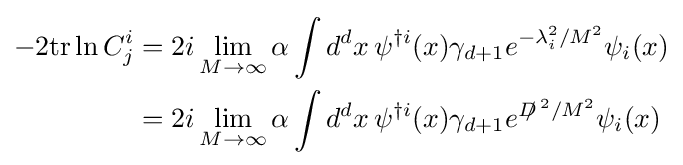
{\begin{aligned}-2{\rm {tr}}\ln C_{j}^{i}&=2i\lim \limits _{M\to \infty }\alpha \int d^{d}x\,\psi ^{\dagger i}(x)\gamma _{d+1}e^{-\lambda _{i}^{2}/M^{2}}\psi _{i}(x)\\&=2i\lim \limits _{M\to \infty }\alpha \int d^{d}x\,\psi ^{\dagger i}(x)\gamma _{d+1}e^{{D\!\!\!/\,}^{2}/M^{2}}\psi _{i}(x)\end{aligned}}